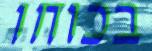
בכוחו